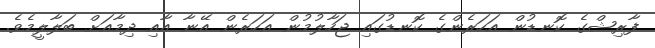
ފާރިޝްގެ ކޮނޑުން އަހަރެންގެ ކޮނޑުގައި ޖަހާލުމުން އަހަރެން އޭނާ އާއި ދިމާއަށް ބަލާލީމެވެ.